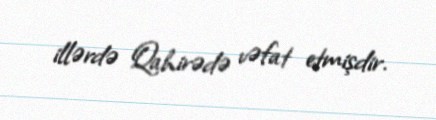
illərdə Qahirədə vəfat etmişdir.